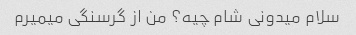
سلام میدونی شام چیه؟ من از گرسنگی میمیرم